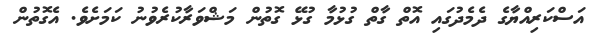
އަސްކަރިއްޔާގެ ދެމެދުގައި އޮތް ގާތް ގުޅުމާ ގުޅޭ ގޮތުން މަޝްވަރާކުރެވުނު ކަމަށެވެ. އެގޮތުން